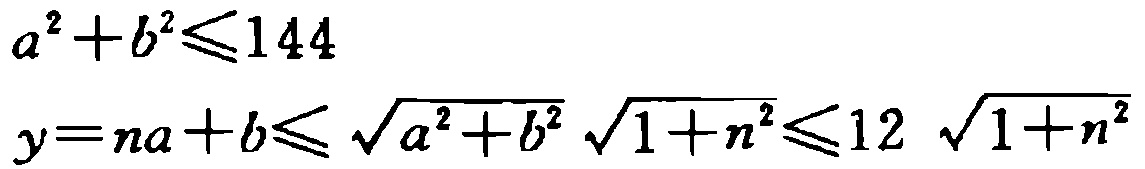
\[

\begin{align*}

a^{2}+b^{2}&\leqslant144\\

y = na + b&\leqslant\sqrt{a^{2}+b^{2}}\sqrt{1 + n^{2}}\leqslant12\sqrt{1 + n^{2}}

\end{align*}

\]